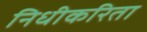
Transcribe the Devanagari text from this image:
निधीकरिता